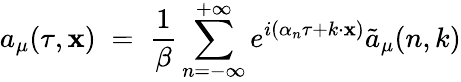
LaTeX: a_{\mu}(\tau,\mathbf{x})\; =\; \frac{{1}}{{\beta}}\sum_{n=-\infty}^{+\infty}e^{i(\alpha_{n}\tau+k\cdot\mathbf{x})}{\tilde{{a}}}_{\mu}(n,k)